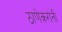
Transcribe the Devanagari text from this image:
ठाणेकरांनी